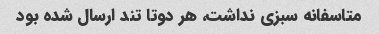
متاسفانه سبزی نداشت، هر دوتا تند ارسال شده بود